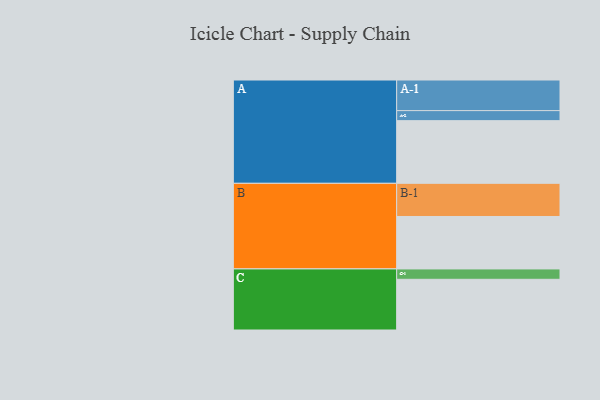
{"axis": {"x": "Segment", "y": "Value"}, "legend": ["", "A", "B", "C"], "data": [{"x": "A", "y": 393, "type": ""}, {"x": "B", "y": 329, "type": ""}, {"x": "C", "y": 318, "type": ""}, {"x": "A-1", "y": 192, "type": "A"}, {"x": "A-2", "y": 63, "type": "A"}, {"x": "B-1", "y": 208, "type": "B"}, {"x": "C-1", "y": 65, "type": "C"}]}